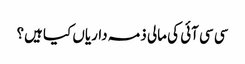
سی سی آئی کی مالی ذمہ داریاں کیا ہیں؟